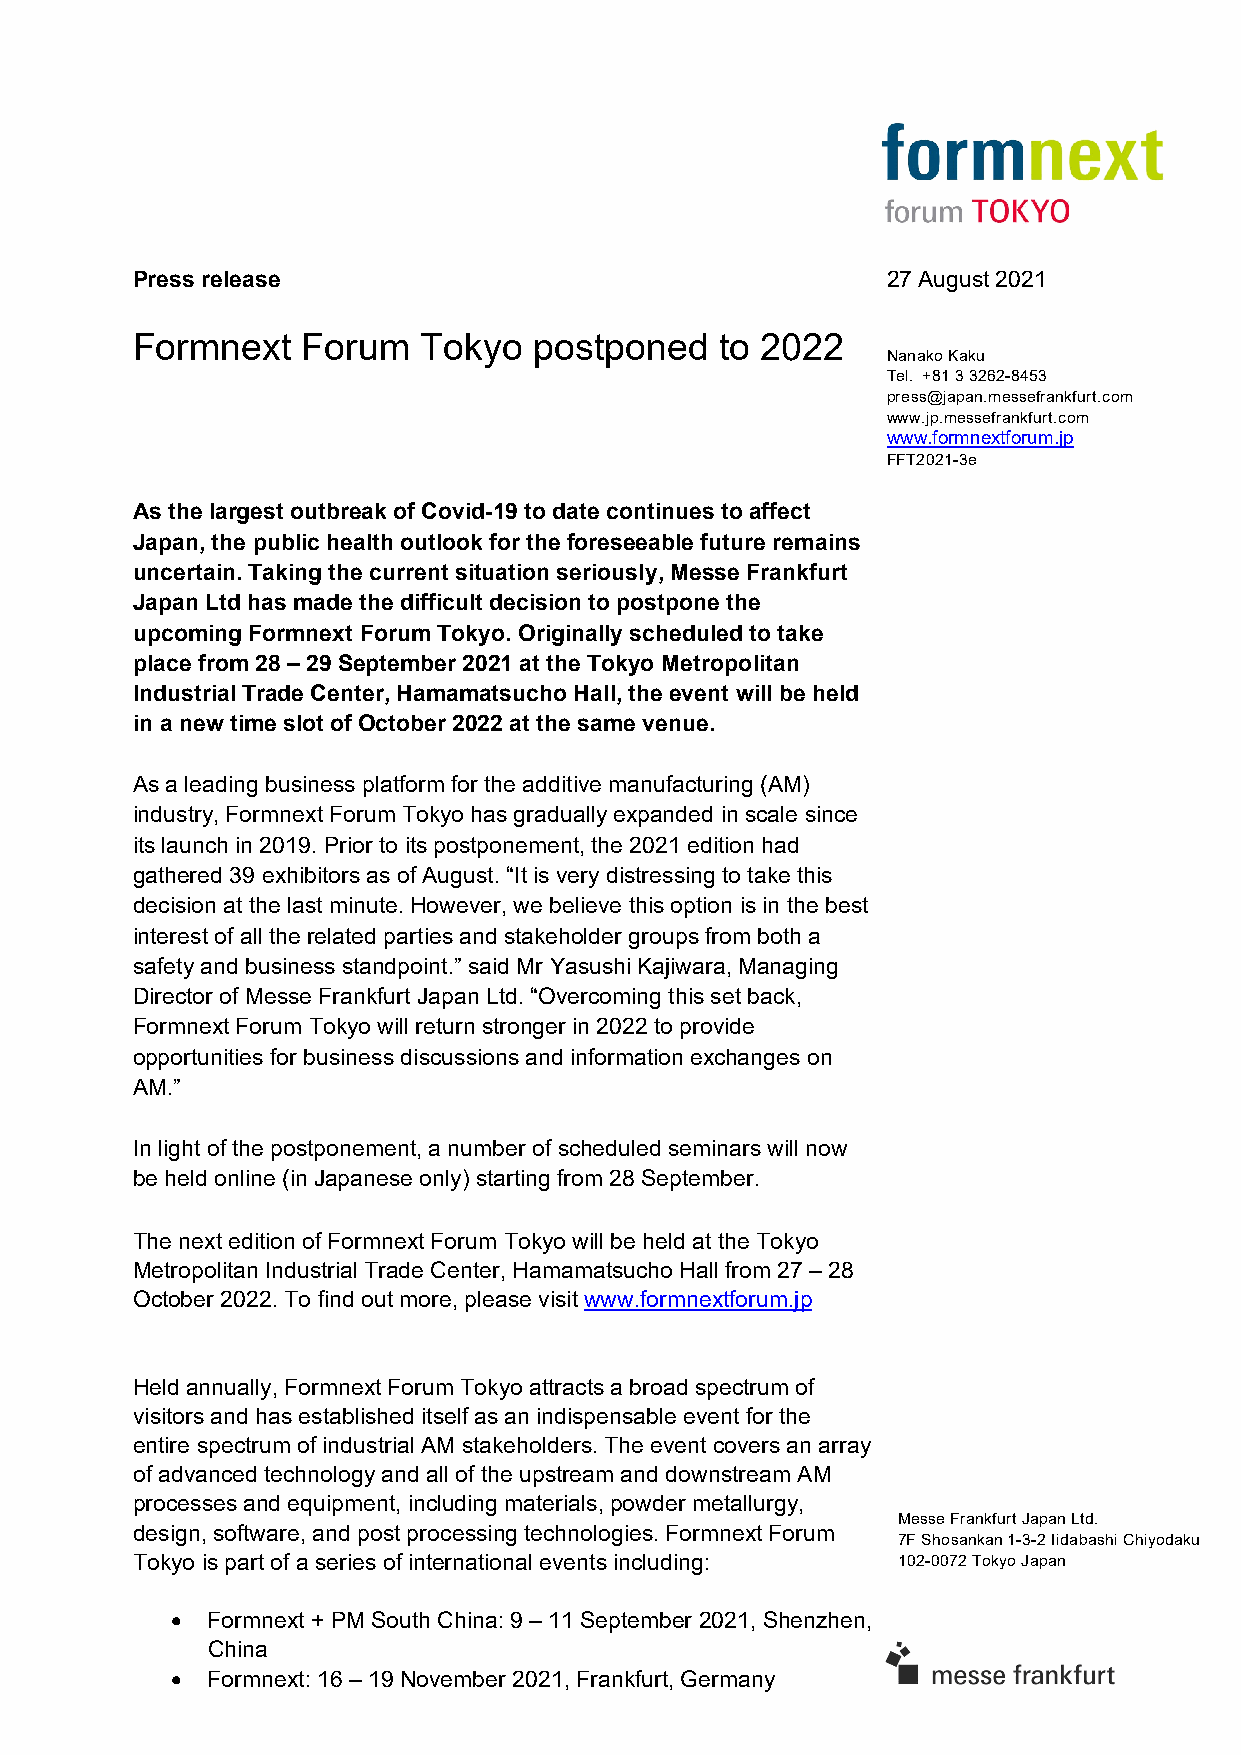
Press release                                     27 August 2021
 Formnext   Forum   Tokyo  postponed    to 2022
 Nanako Kaku
 Tel. +81 3 3262-8453
 press@japan.messefrankfurt.com
 www.jp.messefrankfurt.com
 www.formnextforum.jp
 FFT2021-3e
 As the largest outbreak of Covid-19 to date continues to affect
 Japan, the public health outlook for the foreseeable future remains
 uncertain. Taking the current situation seriously, Messe Frankfurt
 Japan Ltd has made the difficult decision to postpone the
 upcoming Formnext Forum Tokyo. Originally scheduled to take
 place from 28 – 29 September 2021 at the Tokyo Metropolitan
 Industrial Trade Center, Hamamatsucho Hall, the event will be held
 in a new time slot of October 2022 at the same venue.
 As a leading business platform for the additive manufacturing (AM)
 industry, Formnext Forum Tokyo has gradually expanded in scale since
 its launch in 2019. Prior to its postponement, the 2021 edition had
 gathered 39 exhibitors as of August. “It is very distressing to take this
 decision at the last minute. However, we believe this option is in the best
 interest of all the related parties and stakeholder groups from both a
 safety and business standpoint.” said Mr Yasushi Kajiwara, Managing
 Director of Messe Frankfurt Japan Ltd. “Overcoming this set back,
 Formnext Forum Tokyo will return stronger in 2022 to provide
 opportunities for business discussions and information exchanges on
 AM.”
 In light of the postponement, a number of scheduled seminars will now
 be held online (in Japanese only) starting from 28 September.
 The next edition of Formnext Forum Tokyo will be held at the Tokyo
 Metropolitan Industrial Trade Center, Hamamatsucho Hall from 27 – 28
 October 2022. To find out more, please visit www.formnextforum.jp
 Held annually, Formnext Forum Tokyo attracts a broad spectrum of
 visitors and has established itself as an indispensable event for the
 entire spectrum of industrial AM stakeholders. The event covers an array
 of advanced technology and all of the upstream and downstream AM
 processes and equipment, including materials, powder metallurgy,
 Messe Frankfurt Japan Ltd.
 design, software, and post processing technologies. Formnext Forum
 7F Shosankan 1-3-2 Iidabashi Chiyodaku
 Tokyo is part of a series of international events including: 102-0072 Tokyo Japan
   Formnext + PM South China: 9 – 11 September 2021, Shenzhen,
 China
   Formnext: 16 – 19 November 2021, Frankfurt, Germany